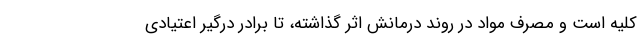
کلیه است و مصرف مواد در روند درمانش اثر گذاشته، تا برادر درگیر اعتیادی